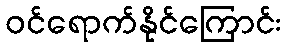
ဝင်ရောက်နိုင်ကြောင်း